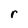
Character: r